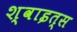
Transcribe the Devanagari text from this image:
श्वाइत्स